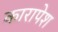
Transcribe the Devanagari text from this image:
कारापेश